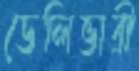
ডেলিভারী